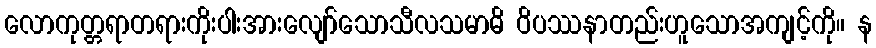
လောကုတ္တရာတရားကိုးပါးအားလျော်သောသီလသမာဓိ ဝိပဿနာတည်းဟူသောအကျင့်ကို။ န